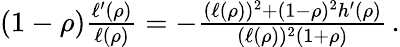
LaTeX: \begin{array}{r}{(1-\rho)\frac{\ell^{\prime}(\rho)}{\ell(\rho)}=-\frac{(\ell(\rho))^{2}+(1-\rho)^{2}h^{\prime}(\rho)}{(\ell(\rho))^{2}(1+\rho)}\, .}\end{array}